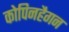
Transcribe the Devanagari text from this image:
कोपिनहैगन